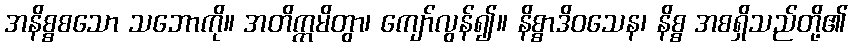
အနိစ္စစသော သဘောကို။ အတိက္ကမိတွာ၊ ကျော်လွန်၍။ နိစ္စာဒိဝသေန၊ နိစ္စ အစရှိသည်တို့၏